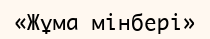
«Жұма мінбері»